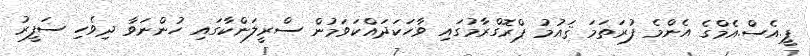
ޕީ.އެސް.އެމްގެ އެންމެ ފުރަތަމަ ޤައުމު ޕްރޮގްރާމުގައި ވާހަކަދައްކަވަމުން ސްރީލަންކާގައި ހުންނަވާ ދިވެހި ސަފީރު